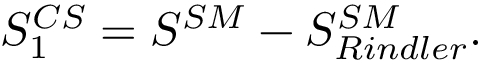
S _ { 1 } ^ { C S } = S ^ { S M } - S _ { R i n d l e r } ^ { S M } .